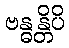
ဗန္ဓန္တိပိ